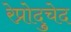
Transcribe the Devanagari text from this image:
रेप्रोदुचेद